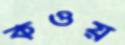
কওয়